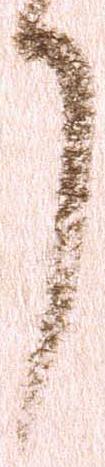
了